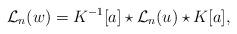
LaTeX: \begin{align*}{{\mathcal L}_{n}}(w)=K^{-1}[a]\star{{\mathcal L}_{n}}(u)\star K[a],\end{align*}